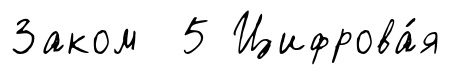
Заком 5 Цифрова́я